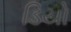
ડિયો